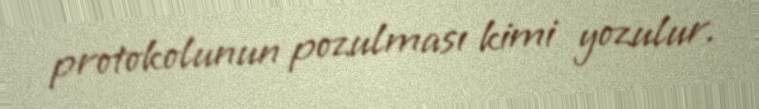
protokolunun pozulması kimi yozulur.